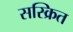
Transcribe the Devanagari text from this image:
सस्क्रित